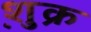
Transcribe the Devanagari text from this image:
शु़क्र